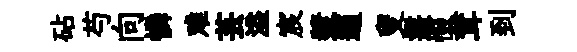
砧芍向憐难芸溢宸漿適叟叢惙茸到